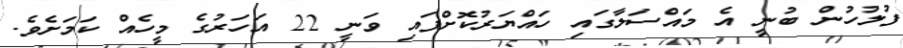
ފުލުހުން ބުނީ އެ މައްސަލާގައި ހައްޔަރުކޮށްފައި ވަނީ 22 އަހަރުގެ މީހެއް ކަމަށެވެ.